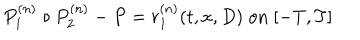
LaTeX: P _ { 1 } ^ { ( n ) } \circ P _ { 2 } ^ { ( n ) } - P = r _ { 1 } ^ { ( n ) } ( t , x , D ) \; \mathrm { o n } \; [ - T , T ]